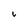
Character: i